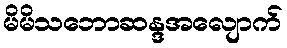
မိမိသဘောဆန္ဒအလျောက်